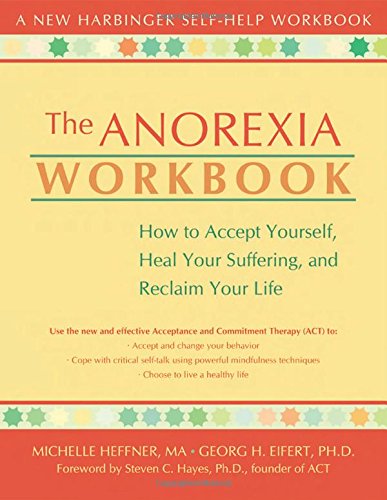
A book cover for The Anorexia Workbook: How to Accept Yourself, Heal Your Suffering, and Reclaim Your Life (New Harbinger Self-Help Workbook); Michelle Heffner; Self-Help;